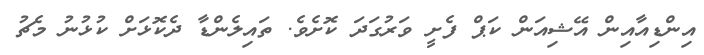
އިންޑިއާއިން އޭޝިއަން ކަޕް ފެށީ ވަރުގަދަ ކޮށެވެ. ތައިލެންޑާ ދެކޮޅަށް ކުޅުނު މެޗު